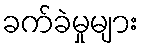
ခက်ခဲမှုများ